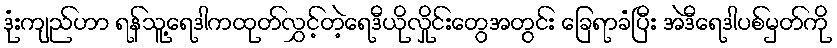
ဒုံးကျည်ဟာ ရန်သူ့ရေဒါကထုတ်လွှင့်တဲ့ရေဒီယိုလှိုင်းတွေအတွင်း ခြေရာခံပြီး အဲဒီရေဒါပစ်မှတ်ကို